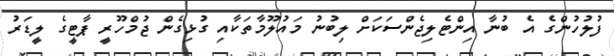
ފުލުހުންގެ އެ ބުނާ އިންޓެލިޖެންސަކަށް ލިބުނު މައުލޫމާތަކާއި ގުޅިގެން ޖުމްހޫރީ ޕާޓީގެ ލީޑަރު